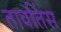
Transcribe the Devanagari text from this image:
तावतिंस